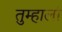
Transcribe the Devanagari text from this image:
तुम्हालां